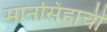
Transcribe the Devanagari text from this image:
मानसिंहाची